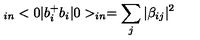
_ { i n } < 0 | b _ { i } ^ { + } b _ { i } | 0 > _ { i n } = \sum _ { j } | \beta _ { i j } | ^ { 2 }